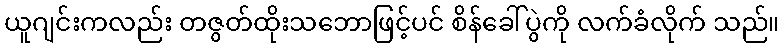
ယူဂျင်းကလည်း တဇွတ်ထိုးသဘောဖြင့်ပင် စိန်ခေါ်ပွဲကို လက်ခံလိုက် သည်။